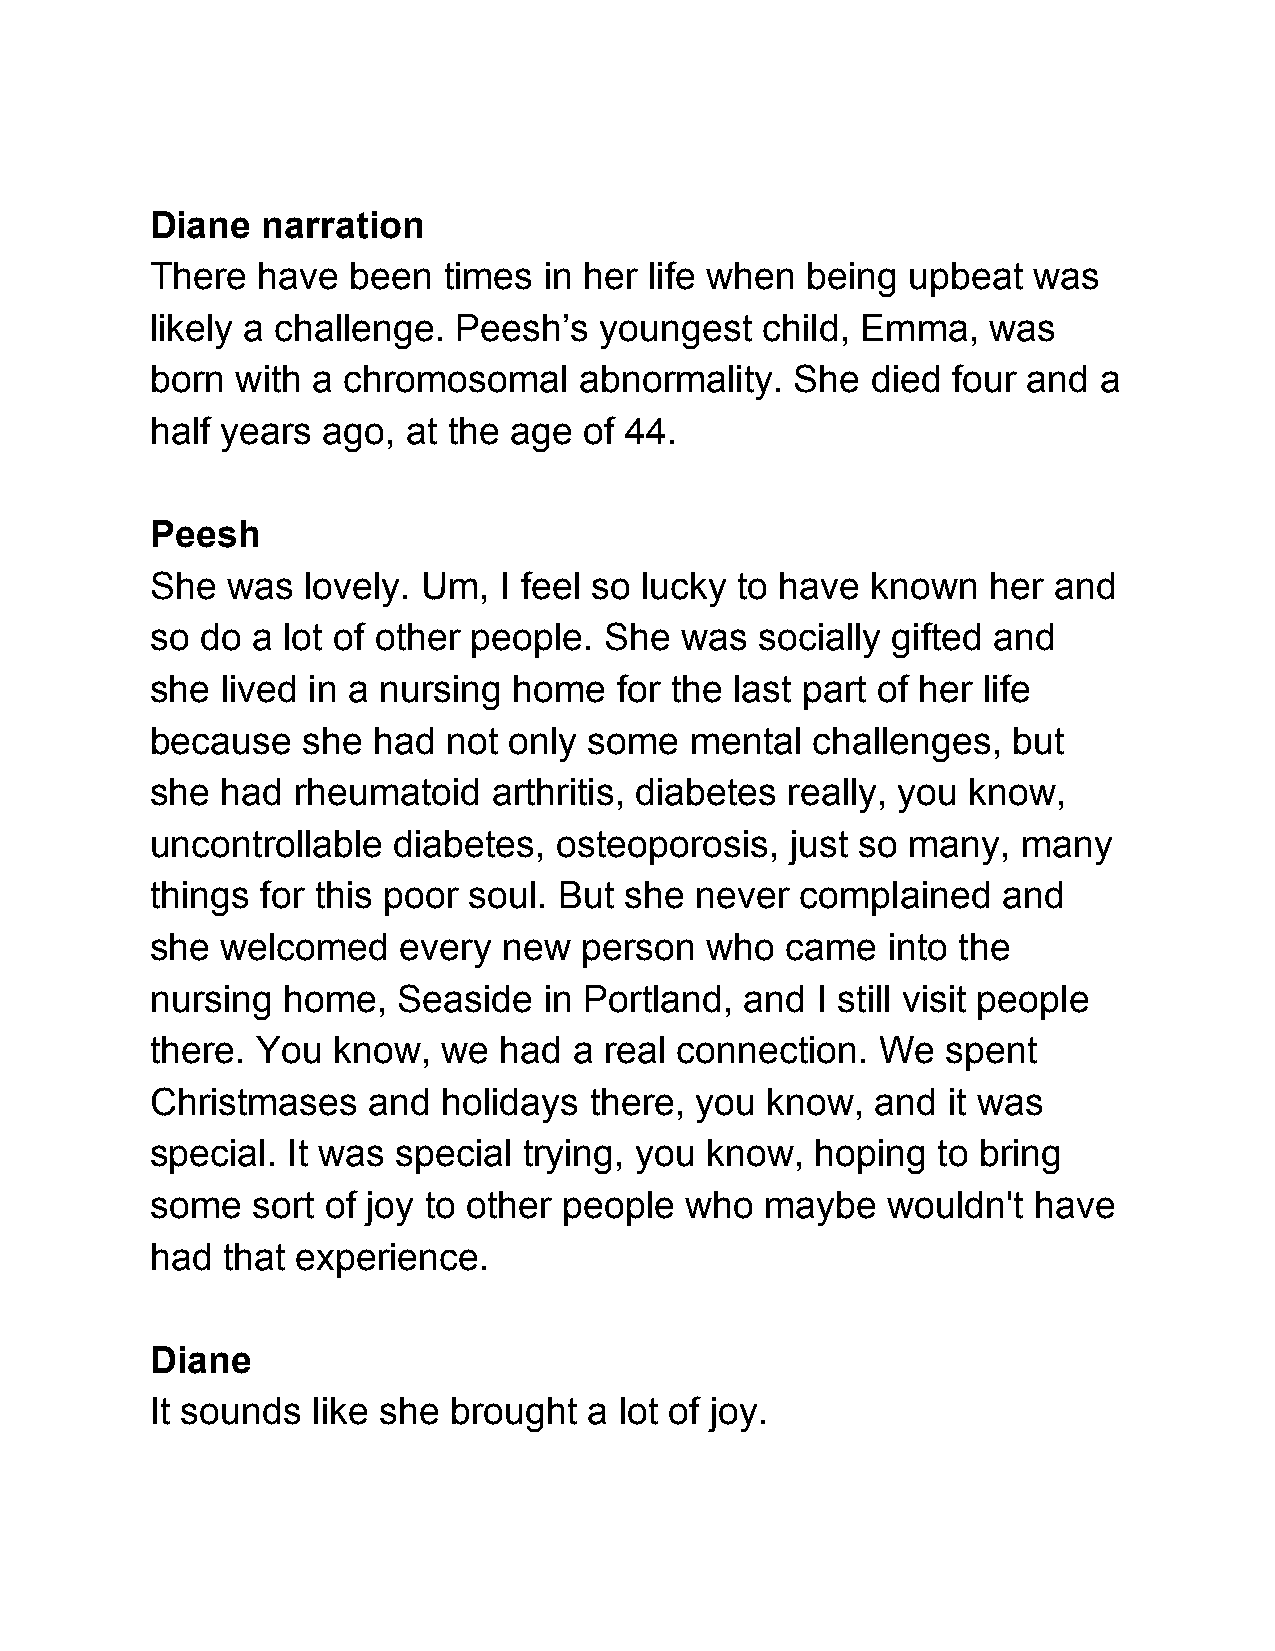
Diane  narration
 There  have  been  times  in her life when being  upbeat  was
 likely a challenge. Peesh’s   youngest   child, Emma,   was
 born  with a chromosomal    abnormality.   She  died four and  a
 half years ago,  at the age  of 44.
 Peesh
 She  was  lovely. Um,  I feel so lucky to have  known   her and
 so do  a lot of other people. She  was  socially gifted and
 she  lived in a nursing home   for the last part of her life
 because   she  had  not only some   mental  challenges,  but
 she  had rheumatoid    arthritis, diabetes really, you know,
 uncontrollable  diabetes,  osteoporosis,  just so many,   many
 things for this poor soul. But she  never  complained   and
 she  welcomed   every  new  person   who  came   into the
 nursing  home,  Seaside   in Portland, and  I still visit people
 there. You  know,  we  had  a real connection.  We   spent
 Christmases   and  holidays  there, you  know,  and  it was
 special. It was special  trying, you know,  hoping  to bring
 some   sort of joy to other people who   maybe   wouldn't  have
 had  that experience.
 Diane
 It sounds  like she brought  a lot of joy.